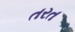
તરત